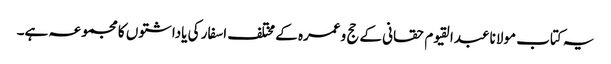
یہ کتاب مولانا عبدالقیوم حقانی کے حج وعمرہ کے مختلف اسفار کی یاداشتوں کا مجموعہ ہے۔